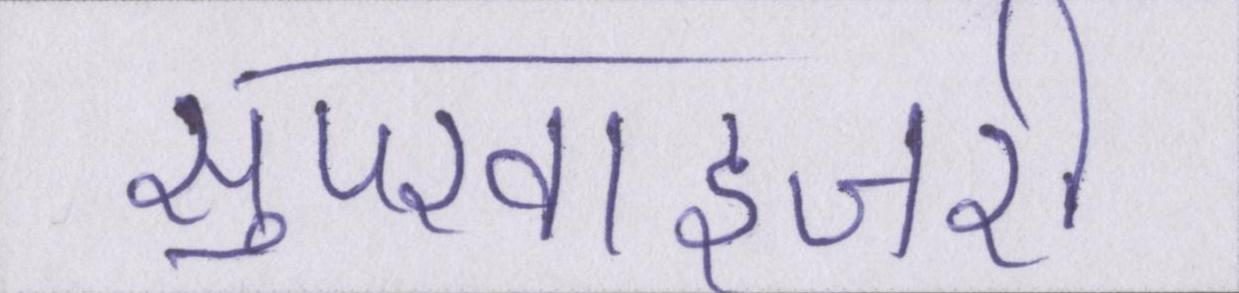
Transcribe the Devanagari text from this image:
सुपरवाइजरी